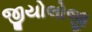
જીયોલોજી